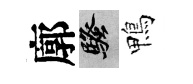
廓騷鴨